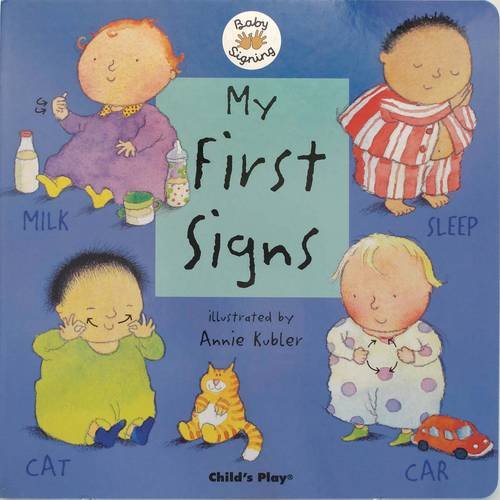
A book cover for My First Signs (Baby Signing); Annie Kubler; Children's Books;